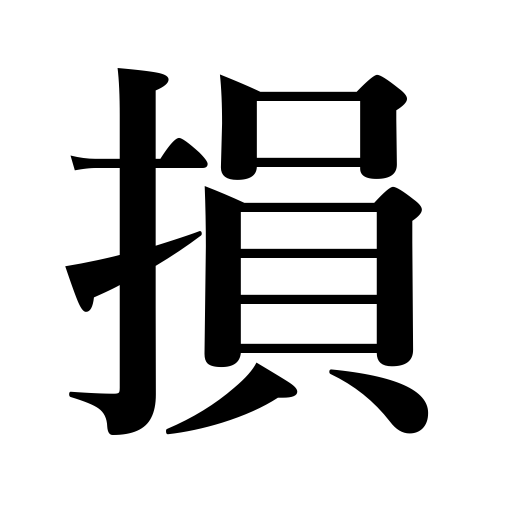
Meanings: handicap,harm,mar,lose,loss,disadvantage,damage,hurt,injure,oppress